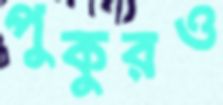
পুকুরও